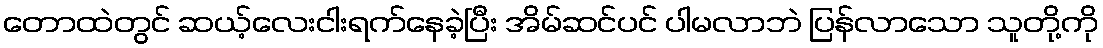
တောထဲတွင် ဆယ့်လေးငါးရက်နေခဲ့ပြီး အိမ်ဆင်ပင် ပါမလာဘဲ ပြန်လာသော သူတို့ကို